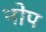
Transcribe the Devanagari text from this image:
नोप